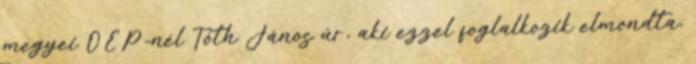
megyei OEP-nél Tóth János úr, aki ezzel foglalkozik elmondta,